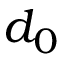
d _ { 0 }